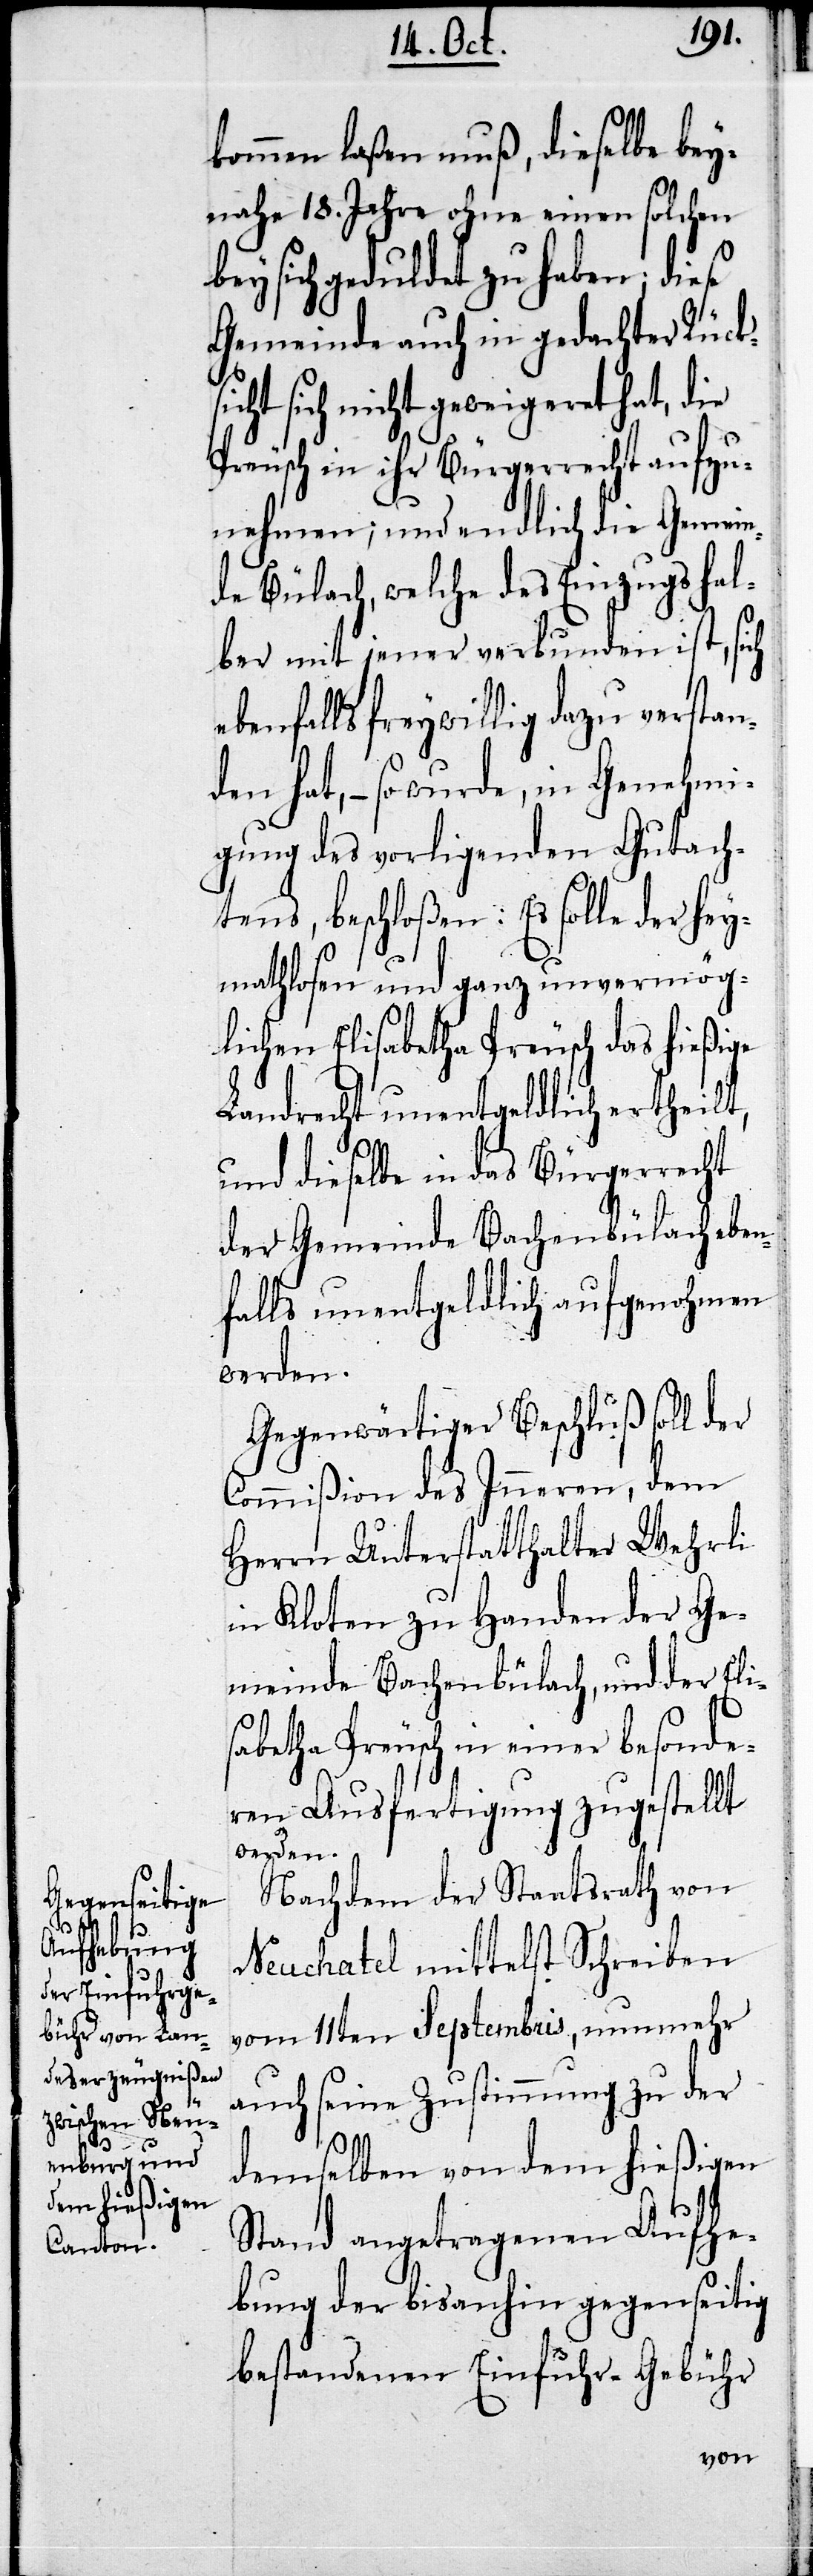
ie

kommen laßen muß, dieselbe bey¬
nahe 18. Jahre ohne einen solchen
bey sich geduldet zu haben; diese
Gemeinde auch in gedachter Rücks¬
sich nicht geweigeret hat, d¬
Preusch in ihr Bürgerrecht aufzu¬
nehmen; und endlich die Gemein¬
de Bülach, welche des Einzugs hal¬
ber mit jener verbunden ist, sich
ebenfalls freywillig dazu verstan¬
den hat, – so wird, in Genehmi¬
gung des vorligenden Gutach¬
tens, beschloßen: Es solle der hey¬
mathlosen und ganz unvermög¬
lichen Elisabetha Preusch das hiesige
Landrecht unentgeldlich ertheilt,
und dieselbe in das Bürgerrecht
der Gemeinde Bachenbülach eben¬
falls unentgeldlich aufgenohmen
werden.
Gegenwärtiger Beschluß soll der
Commißion des Inneren, dem
Herrn Unterstatthalter Wehrli
in Kloten zu Handen der Ge¬
meinde Bachenbülach, und der Eli¬
sabetha Preusch in einer besonde¬
ren Ausfertigung zugestellt
werden.
Nachdem der Staatsrath von
Neuchatel mittelst Schreiben
vom 11ten Septembris, nunmehr
auch seine Zustimmung zu der
demselben von dem hießigen
Stand angetragenen Aufhe¬
bung der bis anhin gegenseitig
bestandenen Einfuhr-Gebühr